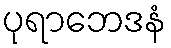
ပုရာဘေဒနံ